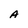
Character: A